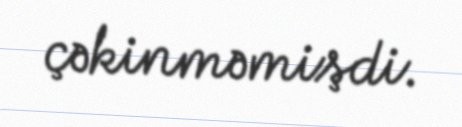
çəkinməmişdi.